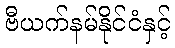
ဗီယက်နမ်နိုင်ငံနှင့်